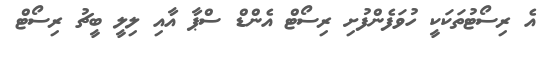
އެ ރިސޯޓުތަކަކީ ހުވަފެންފުށި ރިސޯޓް އެންޑް ސްޕާ އާއި ލިލީ ބީޗު ރިސޯޓް